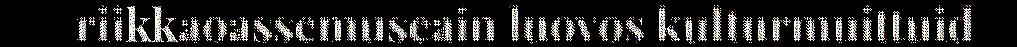
riikkaoassemuseain luovos kulturmuittuid